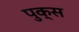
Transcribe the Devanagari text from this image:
पुक्स